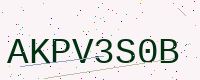
Text: AKPV3S0B